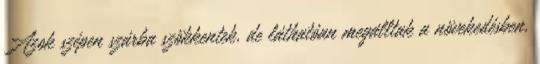
Azok szépen szárba szökkentek, de láthatóan megálltak a növekedésben,